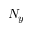
N _ { y }